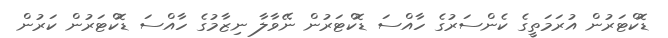
ޑޮކްޓަރުން އުރަމަތީގެ ކެންސަރުގެ ހާއްސަ ޑޮކްޓަރުން ނޭވާލާ ނިޒާމުގެ ހާއްސަ ޑޮކްޓަރުން ކަރުން